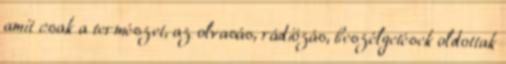
amit csak a természet, az olvasás, rádiózás, beszélgetések oldottak